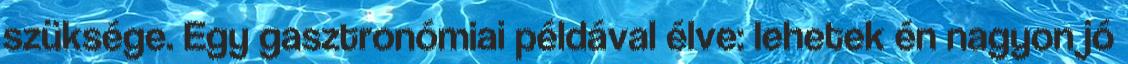
szüksége. Egy gasztronómiai példával élve: lehetek én nagyon jó